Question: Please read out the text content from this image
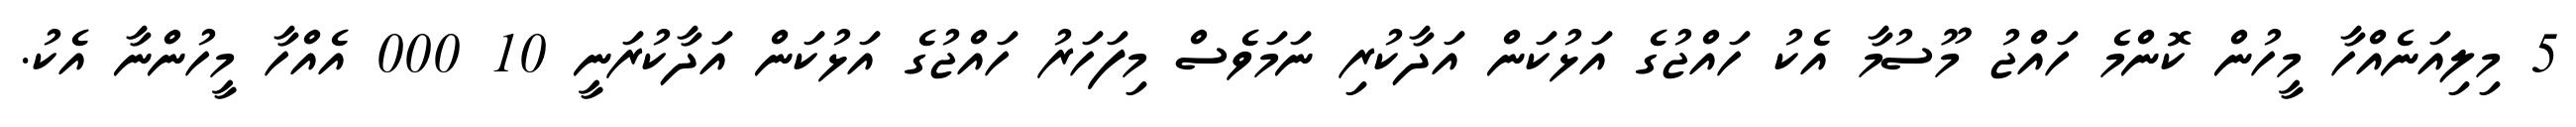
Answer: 5 މިލިއަނެއްހާ މީހުން ކޮންމެ ހައްޖު މޫސުމާ އެކު ހައްޖުގެ އަޅުކަން އަދާކުރި ނަމަވެސް މިފަހަރު ހައްޖުގެ އަޅުކަން އަދާކުރަނީ 10 000 އެއްހާ މީހުންނާ އެކު.